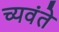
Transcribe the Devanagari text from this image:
च्यवंते